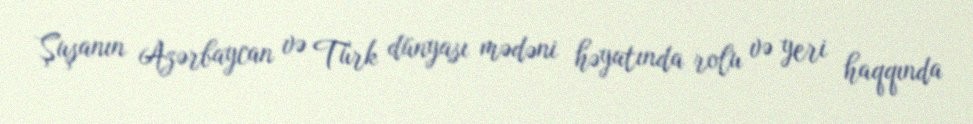
Şuşanın Azərbaycan və Türk dünyası mədəni həyatında rolu və yeri haqqında